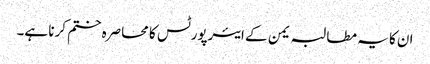
ان کا یہ مطالبہ یمن کے ایئرپورٹس کا محاصرہ ختم کرنا ہے۔